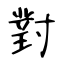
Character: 對